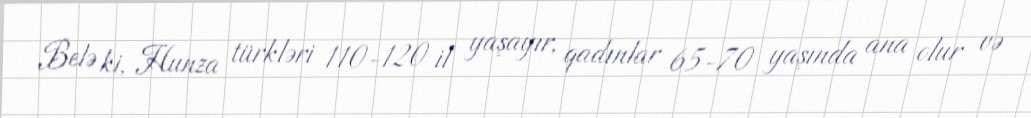
Belə ki, Hunza türkləri 110-120 il yaşayır, qadınlar 65-70 yaşında ana olur və